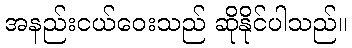
အနည်းငယ်ဝေးသည် ဆိုနိုင်ပါသည်။